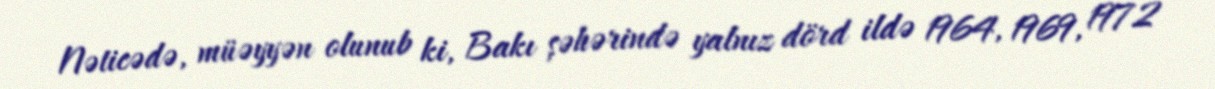
Nəticədə, müəyyən olunub ki, Bakı şəhərində yalnız dörd ildə 1964, 1969, 1972